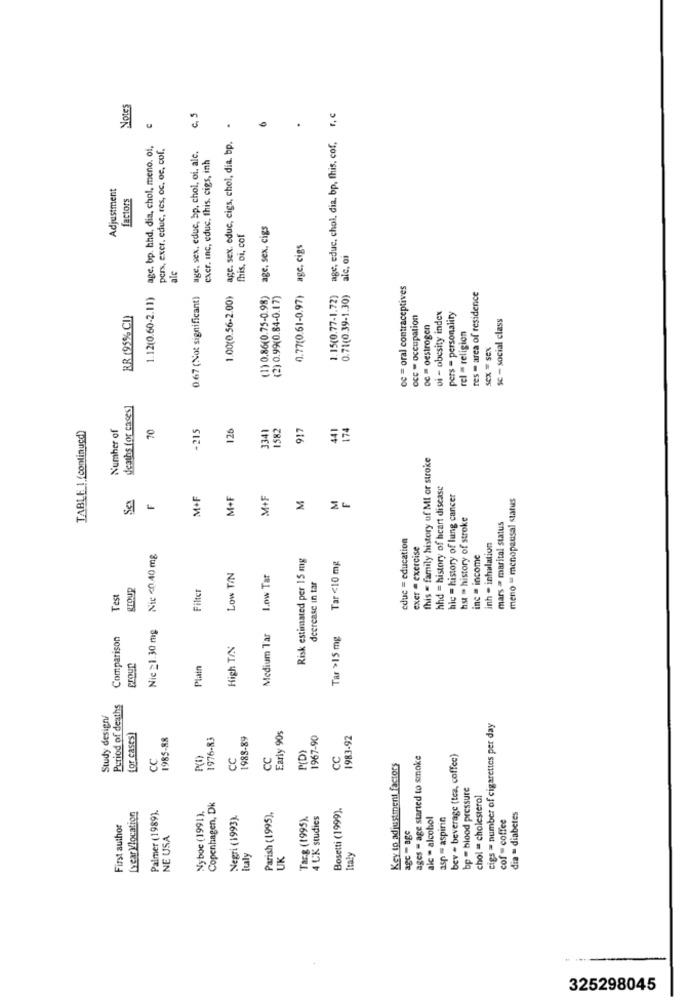
Notes
c. S
age, educ, chol, dia. bp, fhis, cof, r, c
.
age. bp. bhd, dia, chol, meno. of,
pers, exer. educ, res, oc, oe, col.
age. sex. educ, cigs, chol, dia. bp.
age, sex. educ, bp, chol, oi, ale.
exer. inc, educ. this. cigs, inh
Adjustment
factors
age, sex, cigs
this, oi, cof
0.77(0.61-0.97) age, cigs
alc, ai
ale
oc = oral contraceptives
1.12(0.60-2.11)
0.67 (Not significant)
1.00(0.56-2.00)
(1) 0.86(0.75-0.98)
(2) 0.99(0.84-0.17)
1.15(0.77-1.72)
0.71(0.39-1.30)
res = area of residence
BR (95% CI)
occ - occupation
oi - obesity index
pers - personality
sc - social class
oc - oestrogen
rel = religion
Sex = sex
deaths for cases]
Number of
70
-215
126
3341
1582
917
441
174
TABLE ! (continucd)
fhis = family history of MI or stroke
hhd = history of heart disease
M+F
M+F
M+F
M
M
hic = history of lung cancer
meno " menopausal status
Sex
hst - history of stroke
mars = marital status
educ = education
exer = exercise
inh - inhalation
Nic <0.40 mg
Risk estimated per 15 mg
inc = income
Tar <10 mg
Low TIN
Medium Tar 1.ow Tar
Filter
decrease in tar
Test
Nie _1.30 mg
Comparison
Tar >15 mg
High T/N
proun
Plain
Period of deaths
Study design/
cigs = number of cigarettes per day
for casts)
1985-88
1976-83
1988-89
Early 90s
1967-90
1983-92
P(D)
CC
CC
CC
CC
ages = age started to smoke
bev - beverage (tea, coffee)
Key to adjustment factors
bp - blood pressure
chol = cholesterol
Palmer (1989).
Nyboe (1991).
Copenhagen, Dk
Bosetti (1999).
Lyear Vlocation
Negri (1993).
Parish (1995),
Tar.g (1995).
4 UK studies
aic - alcohol
asp - aspirin
cof = coffee
dia - diabetes
First author
NE USA
agc - age
italy
UK
Italy
325298045